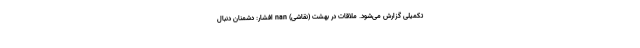
تکمیلی گزارش می‌شود. ملاقات در بهشت (نقاشی) nan افشار: دشمنان دنبال